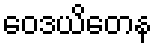
ဝေဒယိတေန